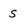
Character: S